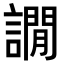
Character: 譋